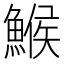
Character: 鯸